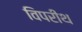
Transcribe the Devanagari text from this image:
विपरीथ